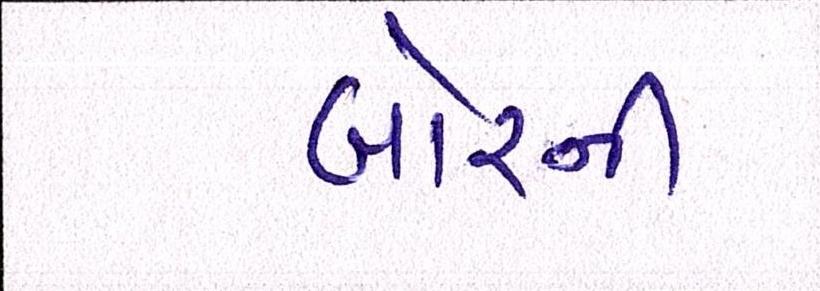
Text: બોરની